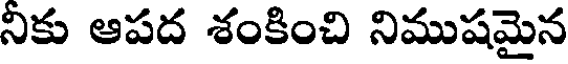
నికు ఆపద శంకించి నిముషమైన